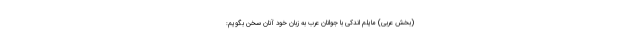
(بخش عربی) مایلم اندکی با جوانان عرب به زبان خود آنان سخن بگویم: